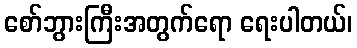
စော်ဘွားကြီးအတွက်ရော ရေးပါတယ်၊